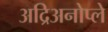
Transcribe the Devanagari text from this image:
अद्रिअनोप्ले